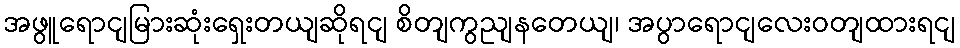
အဖွူရောငျမြားဆုံးရှေးတယျဆိုရငျ စိတျကွညျနတေယျ၊ အပွာရောငျလေးဝတျထားရငျ